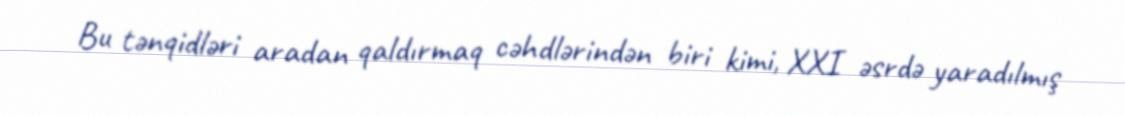
Bu tənqidləri aradan qaldırmaq cəhdlərindən biri kimi, XXI əsrdə yaradılmış